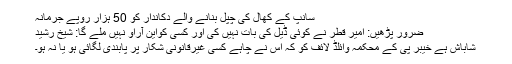
سانپ کے کھال کی چپل بنانے والے دکاندار کو 50 ہزار روپے جرمانہ
ضرور پڑھیں: امیر قطر نے کوئی ڈیل کی بات نہیں کی اور کسی کواین آراو نہیں ملے گا: شیخ رشید
شاباش ہے خیبر پی کے محکمہ وائلڈ لائف کو کہ اس نے چاہے کسی غیرقانونی شکار پر پابندی لگائی ہو یا نہ ہو۔